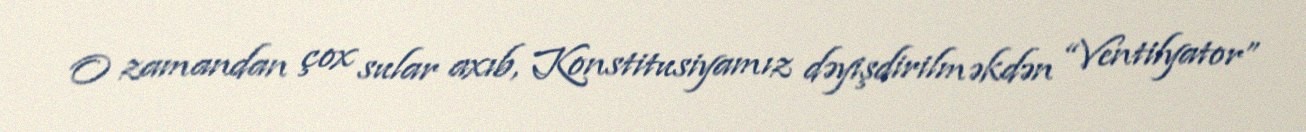
O zamandan çox sular axıb, Konstitusiyamız dəyişdirilməkdən “Ventilyator”